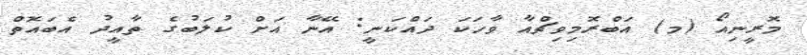
މޮރީނިއޯ (މ) އަބްރޮމިވިޗްއާ ވާހަކަ ދައްކަނީ: އޭނާ އަށް ކުލަބުގެ ތާއީދު އެބައޮތް